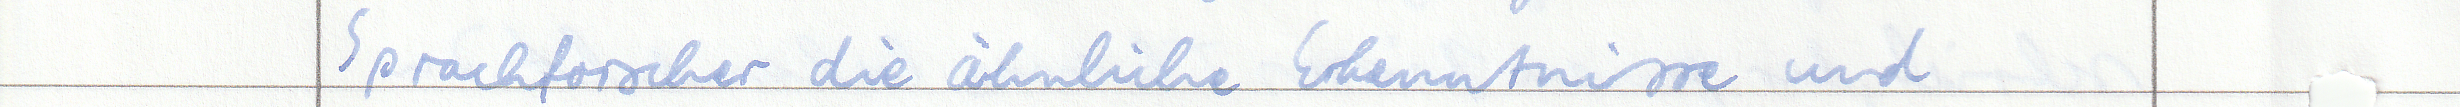
Sprachforscher die ähnliche Erkenntnisse und